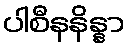
ပါစီနနိန္နာ